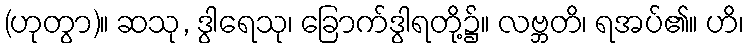
(ဟုတွာ)။ ဆသု, ဒွါရေသု၊ ခြောက်ဒွါရတို့၌။ လဗ္ဘတိ၊ ရအပ်၏။ ဟိ၊